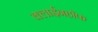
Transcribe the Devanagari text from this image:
क्लाईनहॉफ